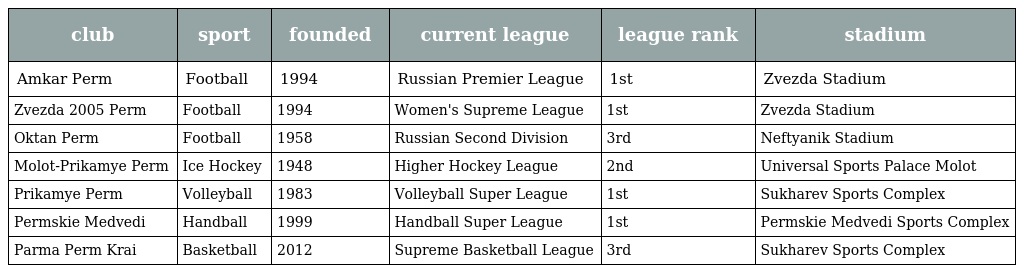
| club | sport | founded | current league | league rank | stadium |
 | --- | --- | --- | --- | --- | --- |
 | Amkar Perm | Football | 1994 | Russian Premier League | 1st | Zvezda Stadium |
 | Zvezda 2005 Perm | Football | 1994 | Women's Supreme League | 1st | Zvezda Stadium |
 | Oktan Perm | Football | 1958 | Russian Second Division | 3rd | Neftyanik Stadium |
 | Molot-Prikamye Perm | Ice Hockey | 1948 | Higher Hockey League | 2nd | Universal Sports Palace Molot |
 | Prikamye Perm | Volleyball | 1983 | Volleyball Super League | 1st | Sukharev Sports Complex |
 | Permskie Medvedi | Handball | 1999 | Handball Super League | 1st | Permskie Medvedi Sports Complex |
 | Parma Perm Krai | Basketball | 2012 | Supreme Basketball League | 3rd | Sukharev Sports Complex |